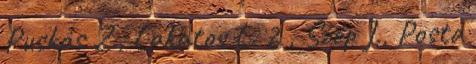
Puskás Z., Lakatos L. 2 , Szép J., Posta